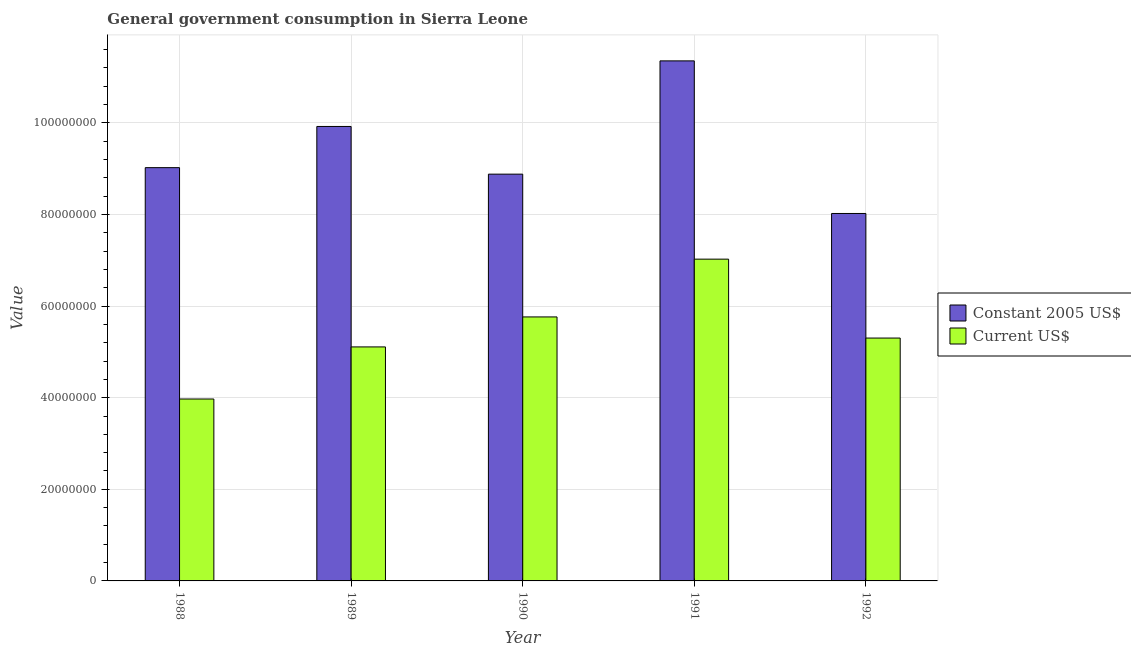
| Year | Constant 2005 US$ | Current US$ |
 | --- | --- | --- |
 | 1988 | 9.02e+07 | 3.97e+07 |
 | 1989 | 9.92e+07 | 5.11e+07 |
 | 1990 | 8.88e+07 | 5.76e+07 |
 | 1991 | 1.14e+08 | 7.02e+07 |
 | 1992 | 8.02e+07 | 5.3e+07 |